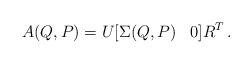
LaTeX: \begin{align*}A(Q,P)=U[\Sigma (Q,P)\,\,\,\,\, 0]R^T\, .\end{align*}